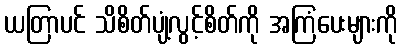
ယတြာပင် သိစိတ်ပျံ့လွင့်စိတ်ကို အကြံပေးများကို